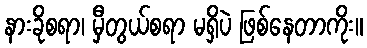
နားခိုစရာ၊ မှီတွယ်စရာ မရှိပဲ ဖြစ်နေတာကိုး။